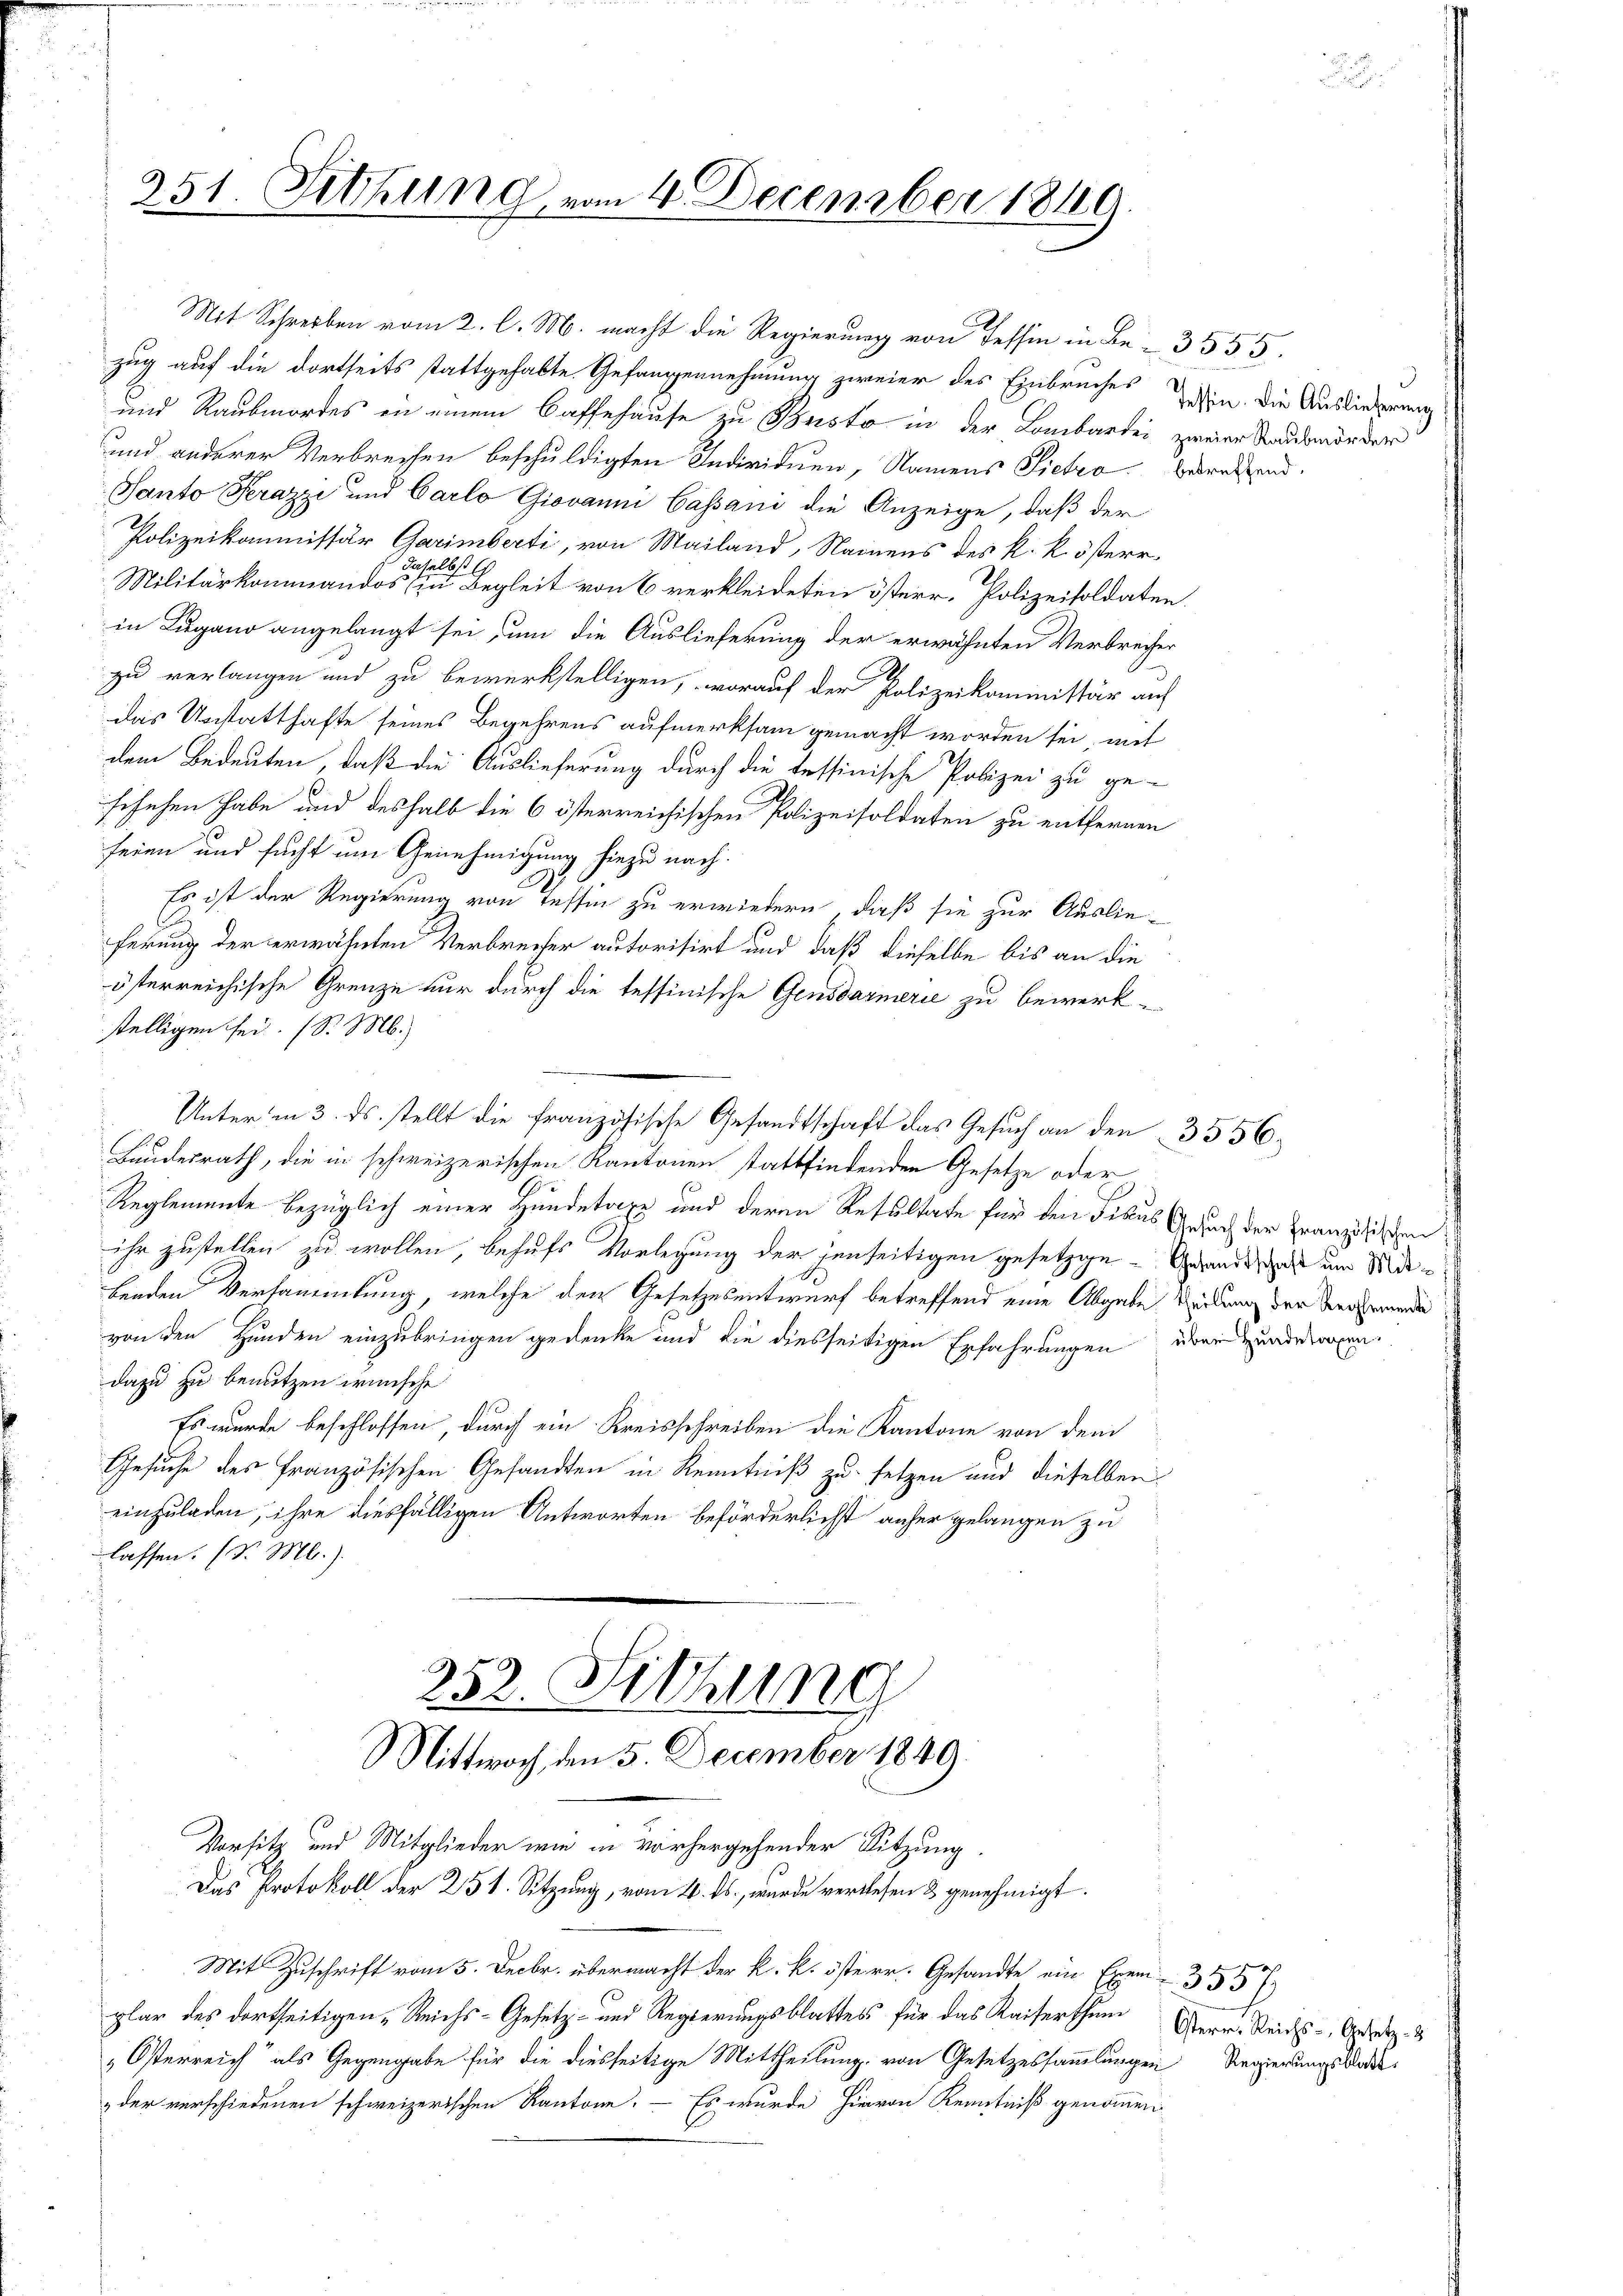
251. Sitzung vom 4. December 1869.

Mit Schreiben vom 2. l. M. macht die Regierung von Tessin in Be- 3355.
zug auf die dortseits stattgehabte Gefangennehmung zweier des Einbruches sein. Die Ausliederung
und Raubmordes in einem Caffehause zu Besto in der Lombardei zweier Raubmorder
und anderer Verbrechen beschuldigten Individuen, Namens Sietro berechend.
Santo Serazzi und Carlo Giovann Cassani die Anzeige, daß der
Polizeikommissär Garimberti, von Mailand, Nainens des k. k. österr¬
2
lbst
Militärkommandos (in Begleit von 6 verkleideten österr. Polizeisoldaten.
in Lugano angelangt sei, um die Auslieferung der erwähnten Verbrecher
zu verlangen und zu bewerkstelligen, worauf der Polizeikommissär auf
das Unstatthafte seines Begehrens aufmerksam gemacht worden sei, mit
dem Bedeuten, daß die Auslieferung durch die tessinische Polizei zu ge-
fischen habe und deshalb die 6 österreichischen Polizeisoldaten zu entfernen
seien und sucht um Genehmigung hiezu nach.
Es ist der Regierung von Tessin zu erwiedern, daß sie zur Auslieferung der erwähnten Verbrecher autorisirt und daß dieselbe bis an die
österreichische Grenze nur durch die tessinische Gensdarmerie zu bewerkstelligen sei. (S. M.)
Unter in 3. ds. stellt die französische Gesandtschaft das Gesuch an den 3556
Bundesrath, die in schweizerischen Kantonen stattfindenden Gesetze oder
Reglemente bezüglich einer Hundetaxe und deren Resultate für den Fitus Gesuch der Französischen
ihr zustellen zu wollen, behufs Vorlegung der jenseitigen gesetzge-Gesandtschaft um Mitbenden Versammlung, welche der Gesetzesentwurf betreffend eine Abgabe Verdung der Verwunden
von den Hunden einzubringen gedenke und die diesseitigen Erfahrungen drei und dargen
dazu zu benutzen wünsche
Es wurde beschlossen, durch ein Kreisschreiben die Kantone von dem
Gesuche des Französischen Gesandten in Kenntniß zu setzen und dieselben
einzuladen, ihre diesfälligen Antworten beförderlichst anher gelangen zu
lassen. (v. M.).

252. Sitzung
Mittwoch, den 5. December 1849.
Vorsitz und Mitglieder wie in vorhergehender Sitzung.
Das Protokoll der 251. Sitzung, vom 4. ds., wurde verlesen & genehmigt.

Mit Zuschrift vom 5. Decbr. übermacht der k. k. österr. Gesandte ein Exem-3557
plar des dortseitigen „Reichs-Gesetz- und Regierungsblattes für das Kaiserthum Bern. Reichs-, Gesetz
Österreich als Gegengabe für die diesseitige Mittheilung, von Gesetzessammlungen Regierungskodesder verschiedenen schweizerischen Kantone. - Es wurde hievon Kenntniß genommen